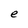
Character: e